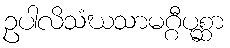
ဥပါလိသံဃသာမဂ္ဂီပုစ္ဆာ